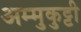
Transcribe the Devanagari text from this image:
अम्मुकुट्टी